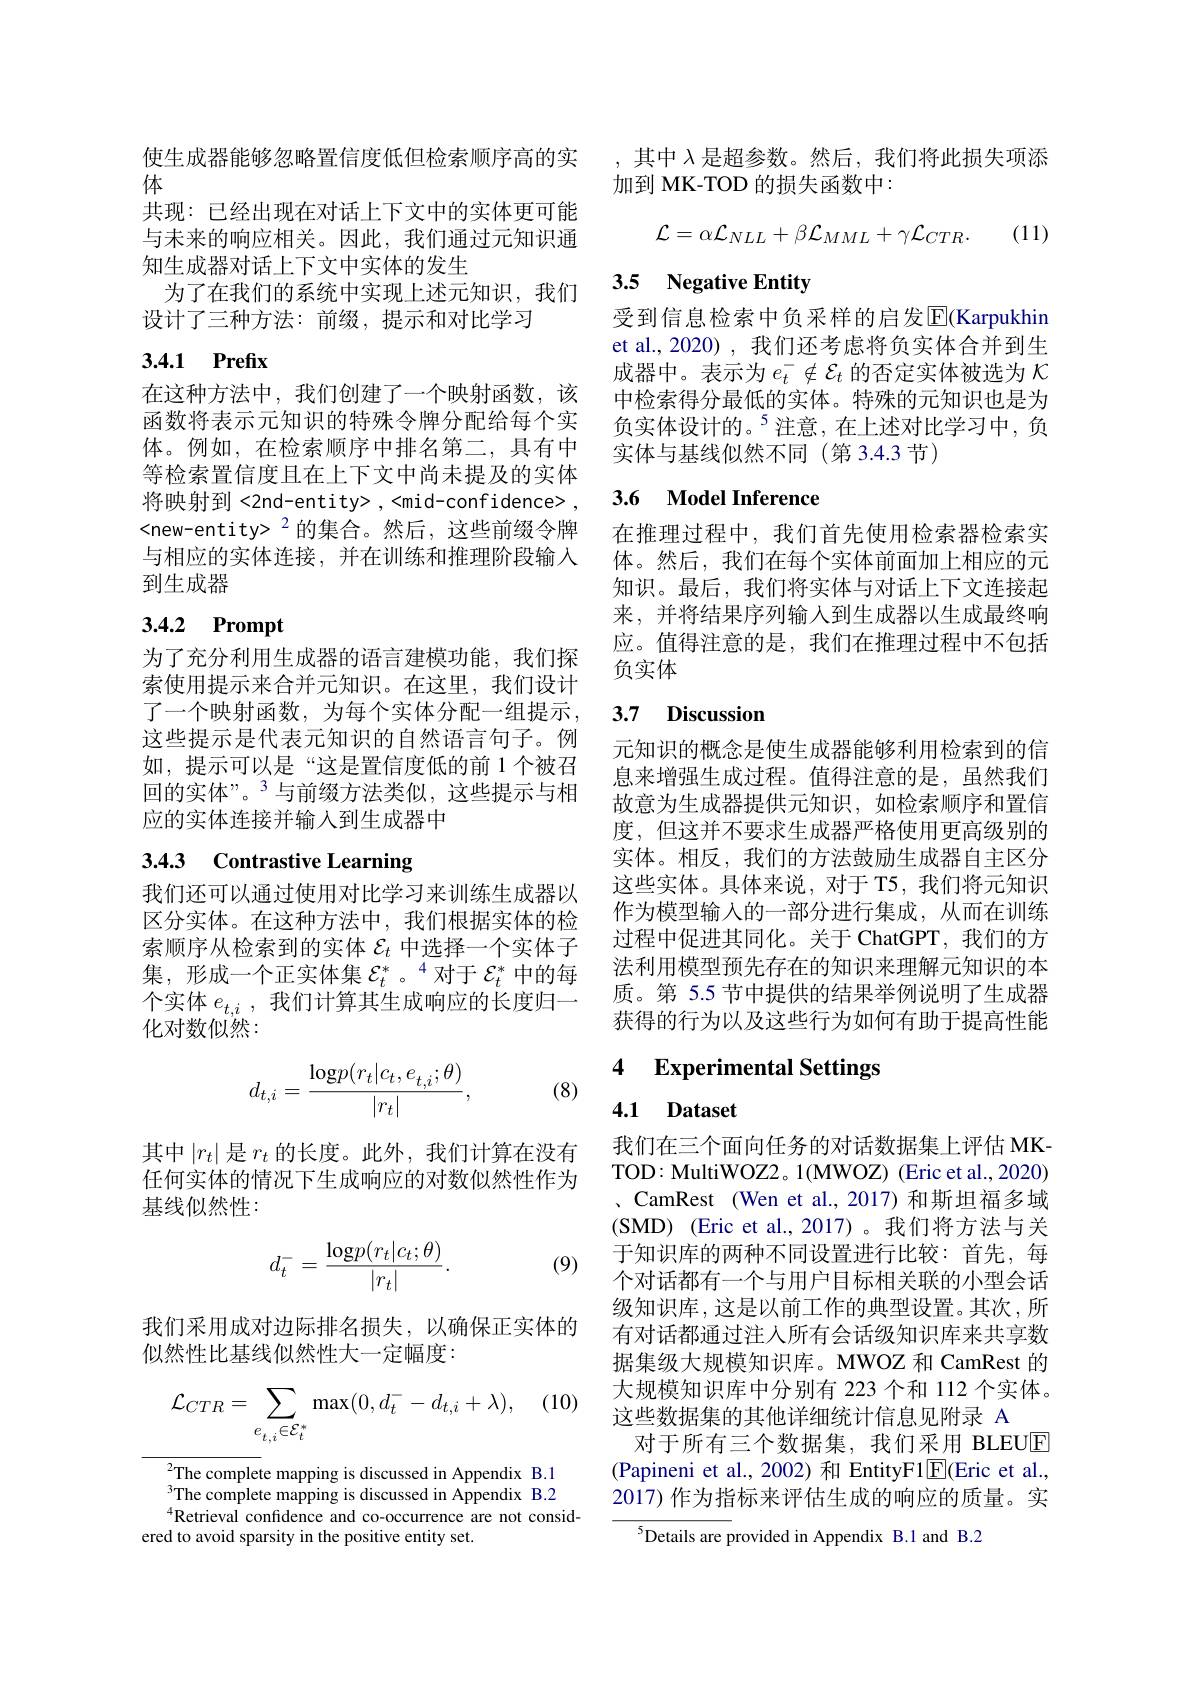
使生成器能够忽略置信度低但检索顺序高的实
体
共现：已经出现在对话上下文中的实体更可能与未来的响应相关。因此，我们通过元知识通知生成器对话上下文中实体的发生
为了在我们的系统中实现上述元知识，我们
设计了三种方法：前缀，提示和对比学习

## 3.4.1 Prefix

在这种方法中，我们创建了一个映射函数，该函数将表示元知识的特殊令牌分配给每个实体。例如，在检索顺序中排名第二，具有中等检索置信度且在上下文中尚未提及的实体将映射到<2nd-entity>,<mid-confidence>, <new-entity> $^{2}$的集合。然后，这些前缀令牌与相应的实体连接，并在训练和推理阶段输入到生成器

# 3.4.2 Prompt

为了充分利用生成器的语言建模功能，我们探索使用提示来合并元知识。在这里，我们设计了一个映射函数，为每个实体分配一组提示， 这些提示是代表元知识的自然语言句子。例如，提示可以是“这是置信度低的前 1个被召回的实体”。$^{3}$与前缀方法类似，这些提示与相应的实体连接并输入到生成器中

# 3.4.3 Contrastive Learning

我们还可以通过使用对比学习来训练生成器以区分实体。在这种方法中，我们根据实体的检索顺序从检索到的实体$\mathcal{E}_t$中选择一个实体子集，形成一个正实体集$\mathcal{E}_t^*$。4对于$\mathcal{E}_t^*$中的每个实体$e_{t,i}$,我们计算其生成响应的长度归一化对数似然：
$$d_{t,i}=\frac{\mathrm{log}p(r_t|c_t,e_{t,i};\theta)}{|r_t|},$$
(8)

其中$\left|r_t\right|$是$r_t$的长度。此外，我们计算在没有任何实体的情况下生成响应的对数似然性作为基线似然性：

(9)
$$d_t^-=\frac{\log p(r_t|c_t;\theta)}{|r_t|}.$$
我们采用成对边际排名损失，以确保正实体的
似然性比基线似然性大一定幅度：
$$\mathcal{L}_{CTR}=\sum_{e_{t,i}\in\mathcal{E}_{t}^{*}}\max(0,d_{t}^{-}-d_{t,i}+\lambda),$$
$^{2}$The complete mapping is discussed in Appendix B.1 The complete mapping is discussed in Appendix B.2 $^{4}$Retrieval confidence and co-occurrence are not consid-
ered to avoid sparsity in the positive entity set.

,其中$\lambda$是超参数。然后，我们将此损失项添
加到 MK-TOD 的损失函数中：

(11)
$$\mathcal{L}=\alpha\mathcal{L}_{NLL}+\beta\mathcal{L}_{MML}+\gamma\mathcal{L}_{CTR}.$$
## 3.5 Negative Entity

受到信息检索中负采样的启发$\overline{\mathbb{E}}($Karpukhin et al., 2020) , 我们还考虑将负实体合并到生成器中。表示为$e_t^-\notin\mathcal{E}_t$的否定实体被选为$\kappa$ 中检索得分最低的实体。特殊的元知识也是为负实体设计的。$^5$注意，在上述对比学习中，负实体与基线似然不同(第 3.4.3 节)

## 3.6 Model Inference

在推理过程中，我们首先使用检索器检索实体。然后，我们在每个实体前面加上相应的元知识。最后，我们将实体与对话上下文连接起来，并将结果序列输入到生成器以生成最终响应。值得注意的是，我们在推理过程中不包括负实体

### 3.7 Discussion

元知识的概念是使生成器能够利用检索到的信息来增强生成过程。值得注意的是，虽然我们故意为生成器提供元知识，如检索顺序和置信度，但这并不要求生成器严格使用更高级别的实体。相反，我们的方法鼓励生成器自主区分这些实体。具体来说，对于 T5,我们将元知识作为模型输入的一部分进行集成，从而在训练过程中促进其同化。关于 ChatGPT,我们的方法利用模型预先存在的知识来理解元知识的本质。第 5.5 节中提供的结果举例说明了生成器获得的行为以及这些行为如何有助于提高性能

### 4 $\textbf{Experimental Settings}$

## 4.1 Dataset

我们在三个面向任务的对话数据集上评估 MKTOD: MultiWOZ2。1(MWOZ) (Eric et al., 2020) 、CamRest (Wen et al., 2017) 和斯坦福多域( SMD) ( Eric et al. , 2017) 。我们将方法与关于知识库的两种不同设置进行比较：首先，每个对话都有一个与用户目标相关联的小型会话级知识库，这是以前工作的典型设置。其次，所有对话都通过注人所有会话级知识库来共享数据集级大规模知识库。MWOZ 和 CamRest 的大规模知识库中分别有 223 个和 112 个实体。这些数据集的其他详细统计信息见附录 A
对于所有三个数据集，我们采用 BLEUE (Papineni et al., 2002) 和 EntityF1$\boxed{\mathrm{E}}($Eric et al., 2017) 作为指标来评估生成的响应的质量。实

${{^5}\text{Details are p}}$rovided in Appendix B.1 and B.2